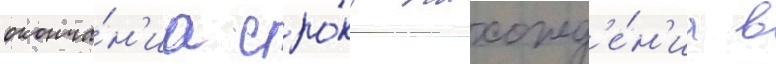
оконча́н'иа сро́ка нахожд'е́н'иа в